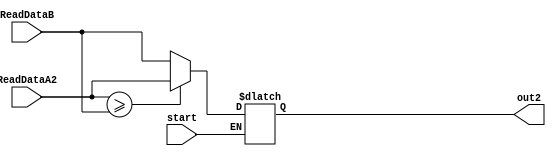
`timescale 1ns / 1ps
//////////////////////////////////////////////////////////////////////////////////
// Company: 
// Engineer: 
// 
// Design Name: 
// Module Name: Comparator
// Project Name: 
// Target Devices: 
// Tool Versions: 
// Description: 
// 
// Dependencies: 
// 
// Revision:
// Revision 0.01 - File Created
// Additional Comments:
// 
//////////////////////////////////////////////////////////////////////////////////


module Comparator(
    ReadDataA2, ReadDataB, start,
    out2
);
    
input [3:0] ReadDataA2; //4bit read 
input [3:0] ReadDataB; //4bit read 
input start; //1bit input
output reg [3:0] out2; //      output

initial begin //
    out2 = 4'b0000;
end

always @(*) begin
    if(start == 1) begin //start   
        //     ,    out2 
        if(ReadDataA2 >= ReadDataB) out2 <= ReadDataA2;
        else out2 <= ReadDataB;
    end //start    
    else out2 <= out2;
end
    
endmodule